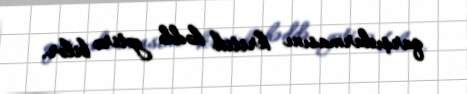
qarşıdurmasını kritik həddə gətirə bilər.